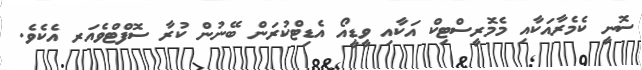
ސޮނީ ކެމެރާއަކާއި މެމޮރީސްޓިކް އަކާއި ވީޑީއޯ އެޑިޓްކުރަން ބޭނުން ކުރާ ސޮފްޓްވެއަރ އެކެވެ.